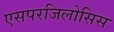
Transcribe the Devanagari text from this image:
एसपरजिलोसिस